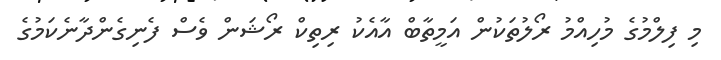
މި ފިލްމުގެ މުހިއްމު ރޯލުތަކުން އަމީތާބް އާއެކު ރިތިކް ރޯޝަން ވެސް ފެނިގެންދާނެކަމުގެ